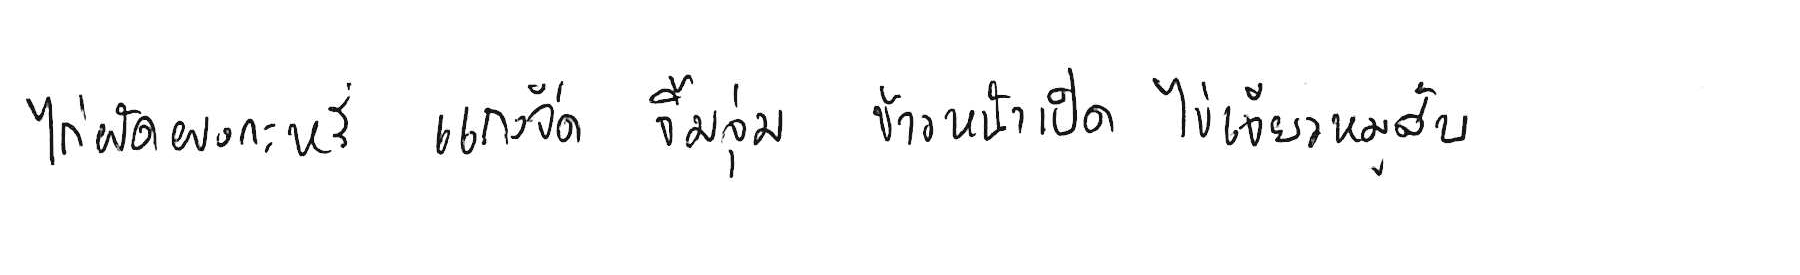
ไก่ผัดผงกะหรี่ แกงจืด จิ้มจุ่ม ข้าวหน้าเป็ด ไข่เจียวหมูสับ